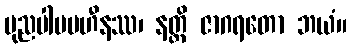
ပုညပါပပဟီနဿ၊ နတ္ထိ ဇာဂရတော ဘယံ။